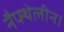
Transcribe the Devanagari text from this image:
नैफ्थेलीन।